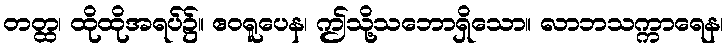
တတ္ထ၊ ထိုထိုအရပ်၌။ ဧဝရူပေန၊ ဤသို့သဘောရှိသော။ လာဘသက္ကာရေန၊